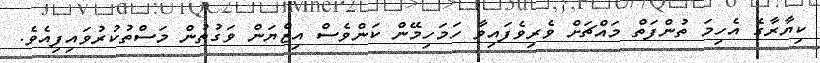
ކިޔާރާގެ އެހިމަ ތުންފަތް މައްޗަށް ވެރިވެފައިވާ ހަމަހިމޭން ކަންވެސް އިޒްޔަން ވަގުތުން މަސްތުކުރުވައިފިއެވެ.